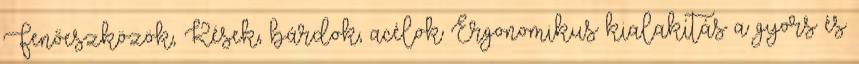
Fenőeszközök, Kések, bárdok, acélok Ergonomikus kialakítás a gyors és